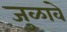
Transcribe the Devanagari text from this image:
जुळावे